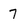
Character: 7